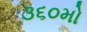
૩૬૦મો